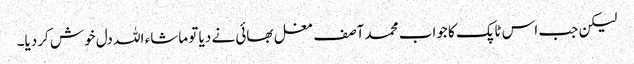
لیکن جب اس ٹاپک کا جواب محمد آصف مغل بھائی نے دیا تو ماشاء اللہ دل خوش کردیا۔